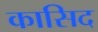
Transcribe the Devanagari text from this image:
कासिद